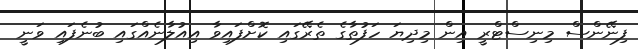
ފިނޭންސް މިނިސްޓްރީ އިން މިދިޔަ ހަފުތާގެ ތެރޭގައި ކޮށްފައިވާ އިއުލާނެއްގައި ބުނެފައި ވަނީ